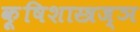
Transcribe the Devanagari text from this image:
कृ्षिशास्त्रज्ञ